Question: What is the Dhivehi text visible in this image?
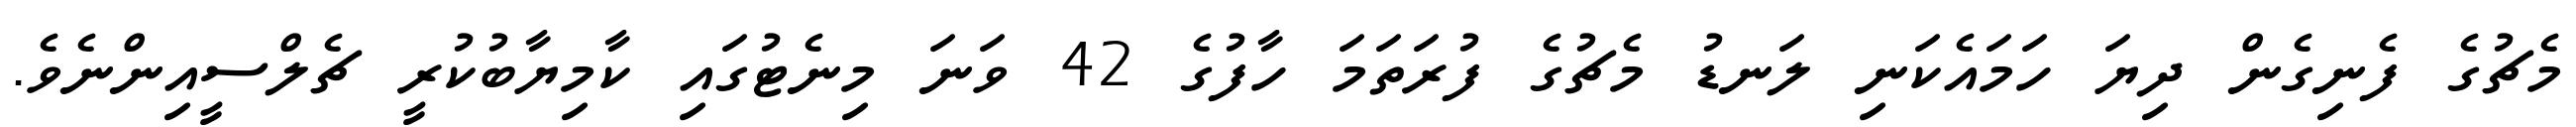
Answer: މެޗުގެ ފެނިގެން ދިޔަ ހަމައެކަނި ލަނޑު މެޗުގެ ފުރަތަމަ ހާފުގެ 42 ވަނަ މިނެޓުގައި ކާމިޔާބުކުރީ ޗެލްސީއިންނެވެ.